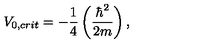
V _ { 0 , c r i t } = - \frac { 1 } { 4 } \left( \frac { \hbar ^ { 2 } } { 2 m } \right) ,